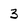
Character: 3